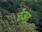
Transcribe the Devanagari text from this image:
टँजंट